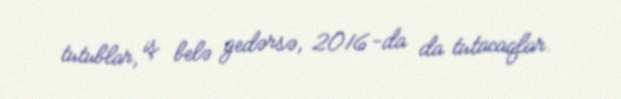
tutublar, iş belə gedərsə, 2016-da da tutacaqlar.